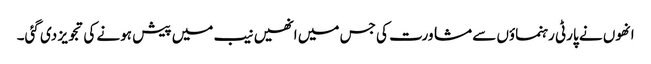
انھوں نے پارٹی رہنماؤں سے مشاورت کی جس میں انھیں نیب میں پیش ہونے کی تجویز دی گئی۔